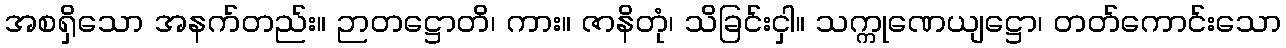
အစရှိသော အနက်တည်း။ ဉာတဋ္ဌောတိ၊ ကား။ ဇာနိတုံ၊ သိခြင်းငှါ။ သက္ကုဏေယျဋ္ဌော၊ တတ်ကောင်းသော